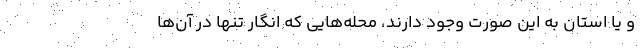
و یا استان به این صورت وجود دارند، محله‌هایی که انگار تنها در آن‌ها